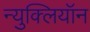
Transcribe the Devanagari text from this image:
न्युक्लियॉन